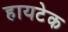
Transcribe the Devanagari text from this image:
हायटेक